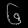
Digit: ၆